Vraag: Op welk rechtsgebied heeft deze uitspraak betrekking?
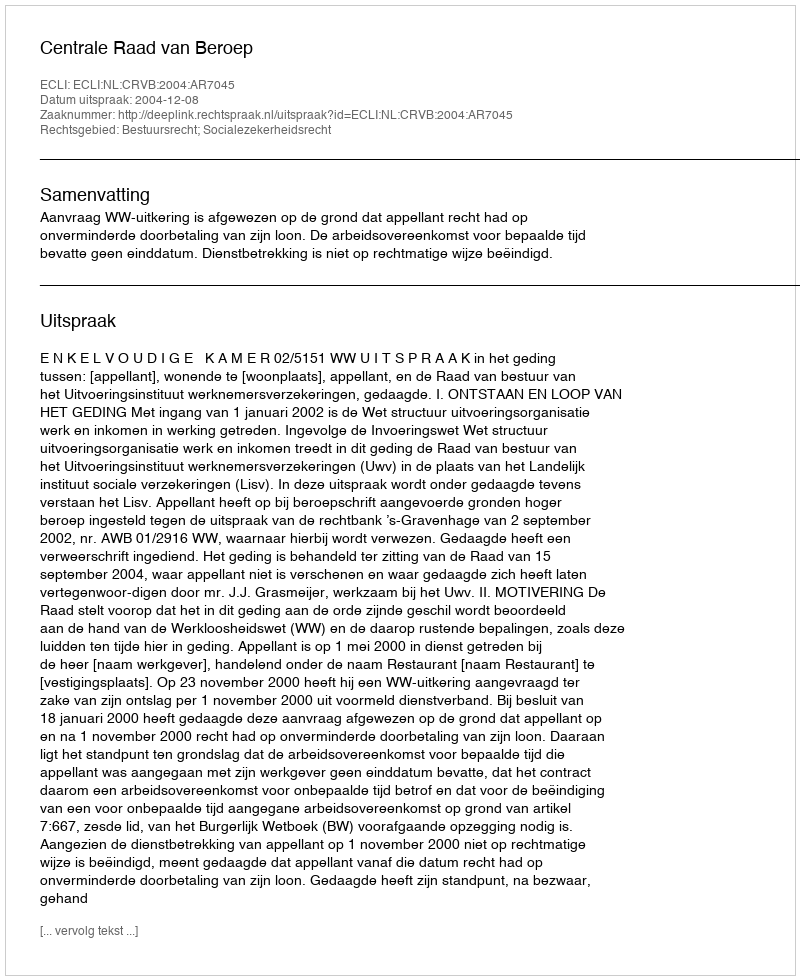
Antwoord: Bestuursrecht; Socialezekerheidsrecht